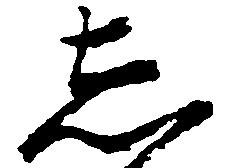
し